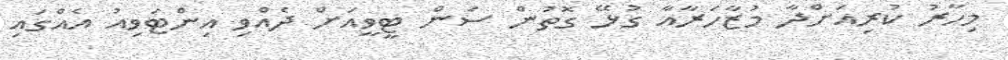
މިހާރު ކުރިއަށްދާ މުޒާހަރާއާ ގުޅޭ ގޮތުން ސަން ޓީވީއަށް ދެއްވި އިންޓަވިއު އެއްގައި